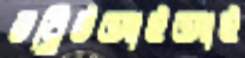
ডব্লিউআইআই